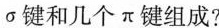
\sigma 键和几个\pi 键组成?